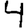
Digit: 4